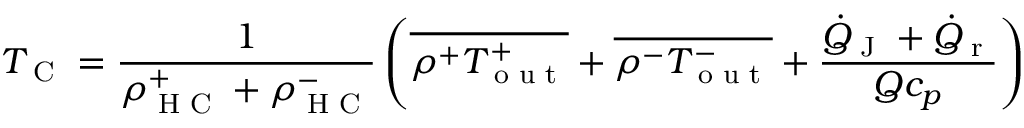
T _ { \textrm { C } } = \frac { 1 } { \rho _ { \textrm { H C } } ^ { + } + \rho _ { \textrm { H C } } ^ { - } } \left( \overline { { \rho ^ { + } T _ { \textrm { o u t } } ^ { + } } } + \overline { { \rho ^ { - } T _ { \textrm { o u t } } ^ { - } } } + \frac { \dot { Q } _ { \textrm { J } } + \dot { Q } _ { \textrm { r } } } { Q c _ { p } } \right)